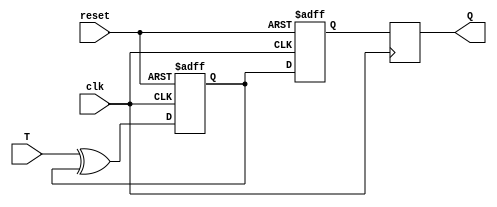
module TFF (
    input T,
    input clk,
    input reset,
    output reg Q
);

reg D1, D2;

always @(posedge clk or posedge reset) begin
    if (reset) begin
        D1 <= 1'b0;
        D2 <= 1'b0;
    end else begin
        D1 <= T ^ D1;
        D2 <= D1;
    end
end

always @(posedge clk) begin
    Q <= D2;
end

endmodule